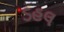
ડહલ